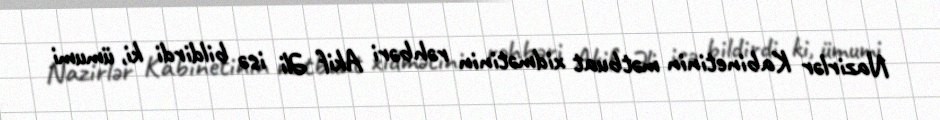
Nazirlər Kabinetinin mətbuat xidmətinin rəhbəri Akif Əli isə bildirdi ki, ümumi